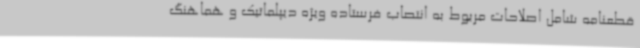
قطعنامه شامل اصلاحات مربوط به انتصاب فرستاده ویژه دیپلماتیک و هماهنگ